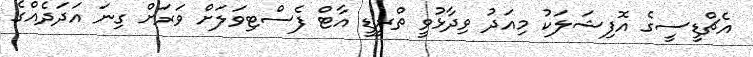
އެޗްޑީސީގެ އޮފިޝަލަކު މިއަދު ވިދާޅުވީ ތްރީޑީ އާޓް ފެސްޓިވަލަށް ވަރަށް ގިނަ އަދަދެއްގެ